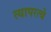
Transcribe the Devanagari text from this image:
त्यापरत्वे